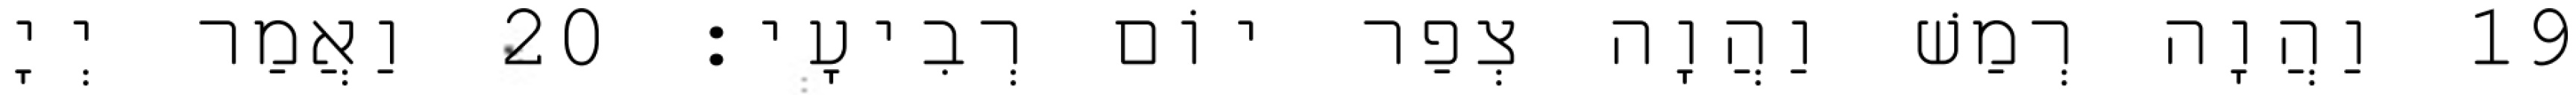
19 וַהֲוָה רְמַשׁ וַהֲוָה צְפַר יוֹם רְבִיעָי׃ 20 וַאֲמַר יְיָ